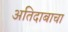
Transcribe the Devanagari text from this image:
अतिदाबाचा